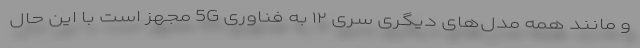
و مانند همه مدل‌های دیگری سری ۱۲ به فناوری 5G مجهز است با این حال